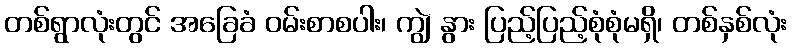
တစ်ရွာလုံးတွင် အခြေခံ ဝမ်းစာစပါး၊ ကျွဲ နွား ပြည့်ပြည့်စုံစုံမရှိ၊ တစ်နှစ်လုံး